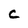
Character: c